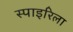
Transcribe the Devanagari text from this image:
स्पाइरिला